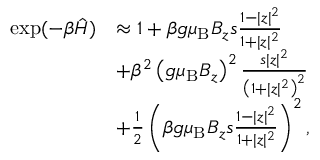
\begin{array} { r l } { \exp ( - \beta \hat { { \cal H } } ) } & { \approx 1 + \beta g { \ensuremath { \mu _ { \mathrm { B } } } } B _ { z } s \frac { 1 - | z | ^ { 2 } } { 1 + | z | ^ { 2 } } } \\ & { + \beta ^ { 2 } \left( g { \ensuremath { \mu _ { \mathrm { B } } } } B _ { z } \right) ^ { 2 } \frac { s | z | ^ { 2 } } { \left( 1 + | z | ^ { 2 } \right) ^ { 2 } } } \\ & { + \frac { 1 } { 2 } \left( \beta g { \ensuremath { \mu _ { \mathrm { B } } } } B _ { z } s \frac { 1 - | z | ^ { 2 } } { 1 + | z | ^ { 2 } } \right) ^ { 2 } , } \end{array}